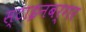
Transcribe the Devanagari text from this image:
स्टाइनबर्गर